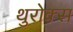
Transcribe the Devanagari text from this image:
थुरोक्स